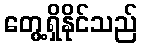
တွေ့ရှိနိုင်သည်